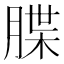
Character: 䐑